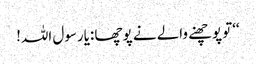
‘‘تو پوچھنے والے نے پوچھا :یارسول اللہ!